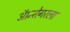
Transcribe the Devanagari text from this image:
ऑन्सेगरला